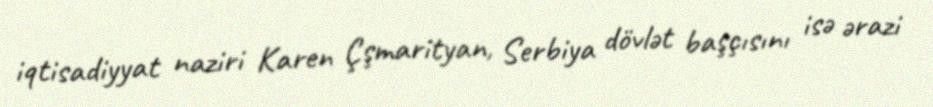
iqtisadiyyat naziri Karen Çşmarityan, Serbiya dövlət başçısını isə ərazi